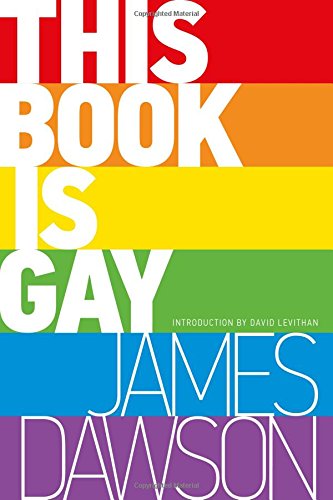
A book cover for This Book Is Gay; James Dawson; Teen & Young Adult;